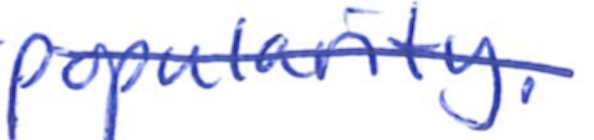
Text: popularity.
Cross-out: single-line
Writing tool: ballpoint